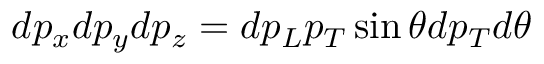
d p _ { x } d p _ { y } d p _ { z } = d p _ { L } p _ { T } \sin \theta d p _ { T } d \theta